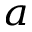
^ { a }